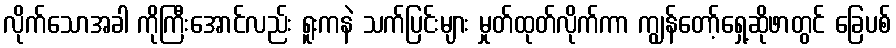
လိုက်သောအခါ ကိုကြီးအောင်လည်း ရူးကနဲ သက်ပြင်းများ မှုတ်ထုတ်လိုက်ကာ ကျွန်တော့်ရှေ့ဆိုဖာတွင် ခြေပစ်